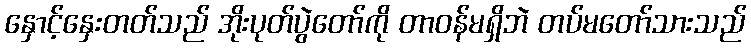
နှောင့်နှေးတတ်သည် အိုးပုတ်ပွဲတော်ကို တာဝန်မရှိဘဲ တပ်မတော်သားသည်